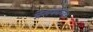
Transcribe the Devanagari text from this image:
प्रेमकाव्य।